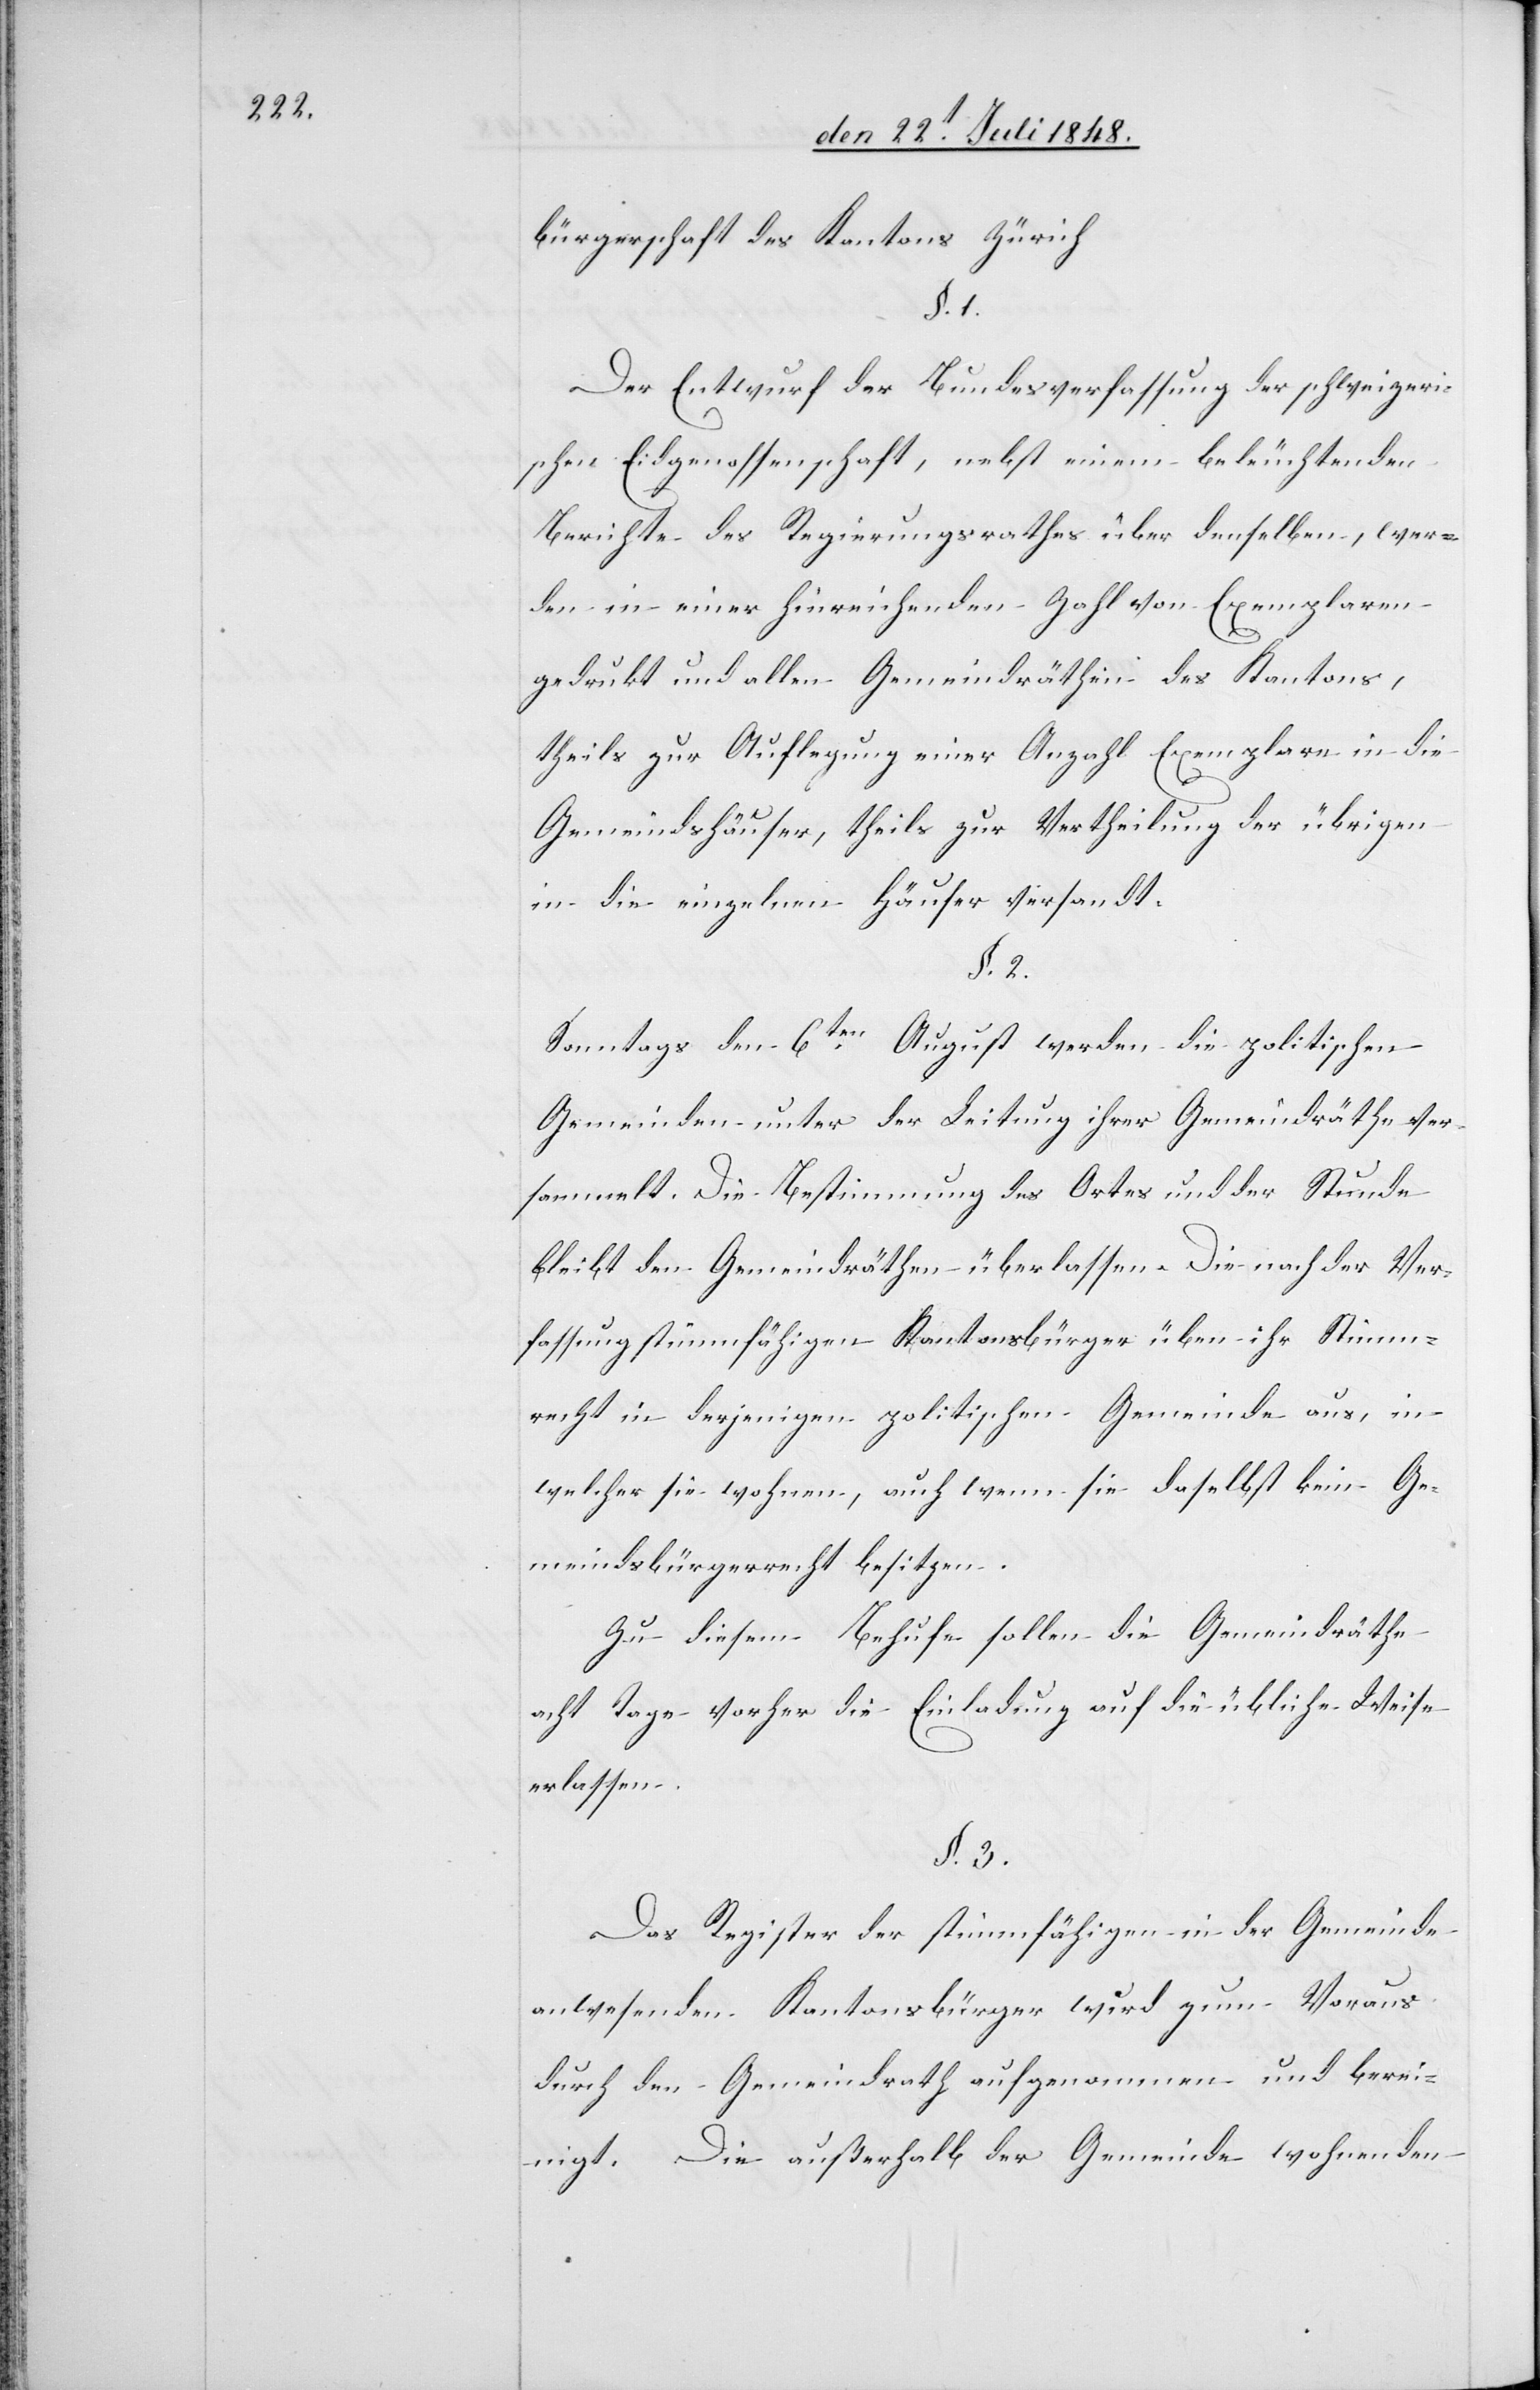
bürgerschaft des Kantons Zürich
§. 1.
Der Entwurf der Bundesverfassung der schweizeri¬
schen Eidgenossenschaft, nebst einem beleuchtenden
Berichte des Regierungsrathes über denselben, wer¬
den in einer hinreichenden Zahl von Exemplaren
gedruckt und allen Gemeindräthen des Kantons,
theils zur Auflegung einer Anzahl Exemplare in die
Gemeindshäuser, theils zur Vertheilung der übrigen
in die einzelnen Häuser versandt.
§. 2.
Sonntags den 6ten August werden die politischen
Gemeinden unter der Leitung ihrer Gemeindräthe ver¬
sammelt. Die Bestimmung des Ortes und der Stunde
bleibt den Gemeindräthen überlassen. Die nach der Ver¬
fassung stimmfähigen Kantonsbürger üben ihr Stimm¬
recht in derjenigen politischen Gemeinde aus, in
welcher sie wohnen, auch wenn sie daselbst kein Ge¬
meindsbürgerrecht besitzen.
Zu diesem Behufe sollen die Gemeindräthe
acht Tage vorher die Einladung auf die übliche Weise
erlassen.
§. 3.
Das Register der stimmfähigen in der Gemeinde
anwesenden Kantonsbürger wird zum Voraus
durch den Gemeindrath aufgenommen und berei¬
nigt. Die außerhalb der Gemeinde wohnenden